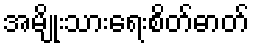
အမျိုးသားရေးစိတ်ဓာတ်